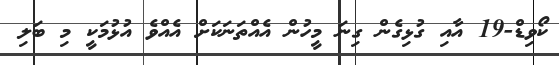
ކޯވިޑް-19 އާއި ގުޅިގެން ގިނަ މީހުން އެއްތަނަކަށް އެއްވެ އުޅުމަކީ މި ބަލި